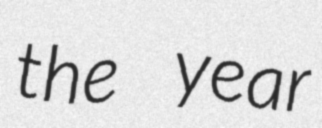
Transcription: the year